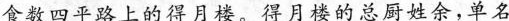
食数四平路上的得月楼，得月楼的总厨姓余，单名